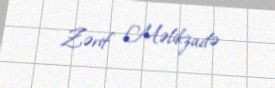
Zərif Məlikzadə